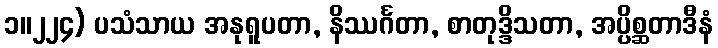
၁။၂၂၄) ပသံသာယ အနုရူပတာ, နိဿင်္ဂတာ, စာတုဒ္ဒိသတာ, အပ္ပိစ္ဆတာဒီနံ